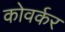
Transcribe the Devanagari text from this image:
कोवर्कर